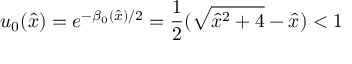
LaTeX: u _ { 0 } ( { \hat { x } } ) = e ^ { - \beta _ { 0 } ( { \hat { x } } ) / 2 } = \frac { 1 } { 2 } ( \sqrt { { \hat { x } } ^ { 2 } + 4 } - { \hat { x } } ) < 1